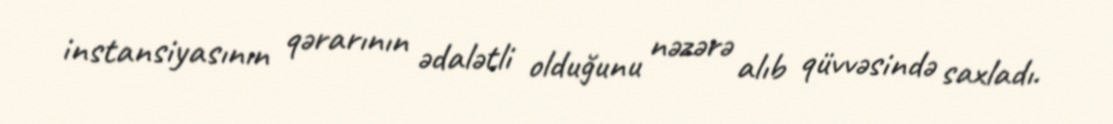
instansiyasının qərarının ədalətli olduğunu nəzərə alıb qüvvəsində saxladı.